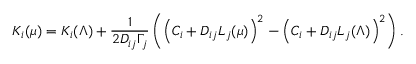
K _ { i } ( \mu ) = K _ { i } ( \Lambda ) + \displaystyle { \frac { 1 } { 2 D _ { i j } \Gamma _ { j } } } \left( \left( C _ { i } + D _ { i j } L _ { j } ( \mu ) \right) ^ { 2 } - \left( C _ { i } + D _ { i j } L _ { j } ( \Lambda ) \right) ^ { 2 } \right) .